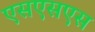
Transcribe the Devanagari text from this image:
एसएसएस